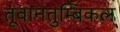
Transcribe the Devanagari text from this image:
तूवानतुम्बिकल